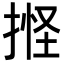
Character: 𢯑